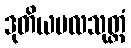
ဒုတိယဗလသုတ္တံ